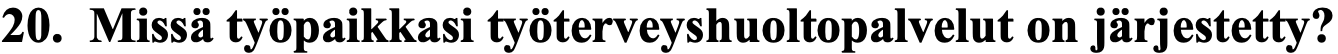
20. Missä työpaikkasi työterveyshuoltopalvelut on järjestetty?